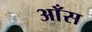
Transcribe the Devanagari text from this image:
आँस